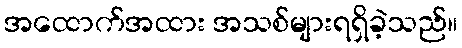
အထောက်အထား အသစ်များရရှိခဲ့သည်။